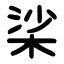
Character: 桬